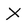
Character: X